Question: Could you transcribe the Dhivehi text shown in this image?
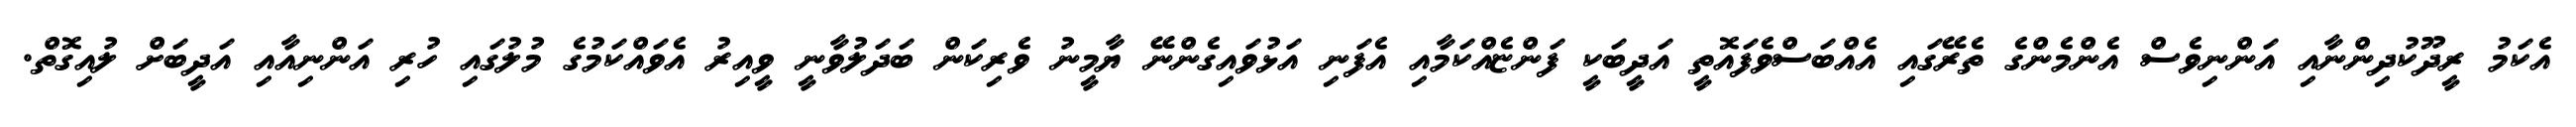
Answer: އެކަމު ރީދޫކުދިންނާއި އަންނިވެސް އެންމެންގެ ތެރޭގައި އެއްބަސްވެފައޮތީ އަދީބަކީ ފަންޏެއްކަމާއި އެފަނި އަޅުވައިގެންނޭ ޔާމީނު ވެރިކަން ބަދަލުވާނީ ވީއިރު އެވައްކަމުގެ މުލުގައި ހުރި އަންނިއާއި އަދީބަށް ލުއިގޮތް.